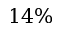
1 4 \%